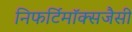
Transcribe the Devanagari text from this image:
निफर्टिमॉक्सजैसी